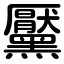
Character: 黶